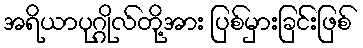
အရိယာပုဂ္ဂိုလ်တို့အား ပြစ်မှားခြင်းဖြစ်